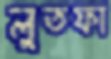
লুতফা